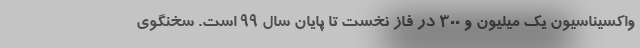
واکسیناسیون یک میلیون و ٣٠٠ در فاز نخست تا پایان سال ٩٩ است. سخنگوی